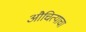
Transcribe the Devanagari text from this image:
औचित्याचा